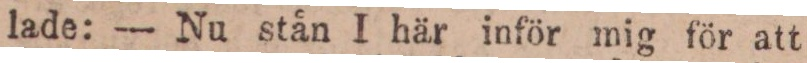
lade: — Nu stån I här inför mig för att